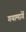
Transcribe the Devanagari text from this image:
गयामार्गे